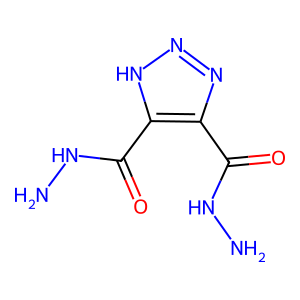
SMILES: NNC(=O)c1nn[nH]c1C(=O)NN
Inhibits HIV replication: No